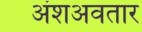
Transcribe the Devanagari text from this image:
अंशअवतार